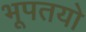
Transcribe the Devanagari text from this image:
भूपतयो